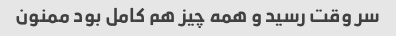
سر وقت رسید و همه چیز هم کامل بود ممنون